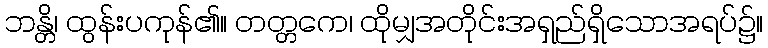
ဘန္တိ၊ ထွန်းပကုန်၏။ တတ္တကေ၊ ထိုမျှအတိုင်းအရှည်ရှိသောအရပ်၌။